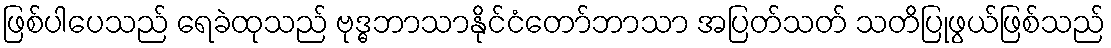
ဖြစ်ပါပေသည် ရေခဲထုသည် ဗုဒ္ဓဘာသာနိုင်ငံတော်ဘာသာ အပြတ်သတ် သတိပြုဖွယ်ဖြစ်သည်